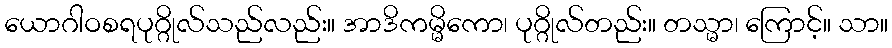
ယောဂါဝစရပုဂ္ဂိုလ်သည်လည်း။ အာဒိကမ္မိကော၊ ပုဂ္ဂိုလ်တည်း။ တသ္မာ၊ ကြောင့်။ သာ။